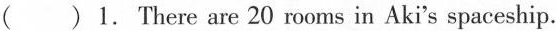
( )1. There are 20 rooms in Aki's spaceship.